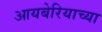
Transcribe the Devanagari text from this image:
आयबेरियाच्या